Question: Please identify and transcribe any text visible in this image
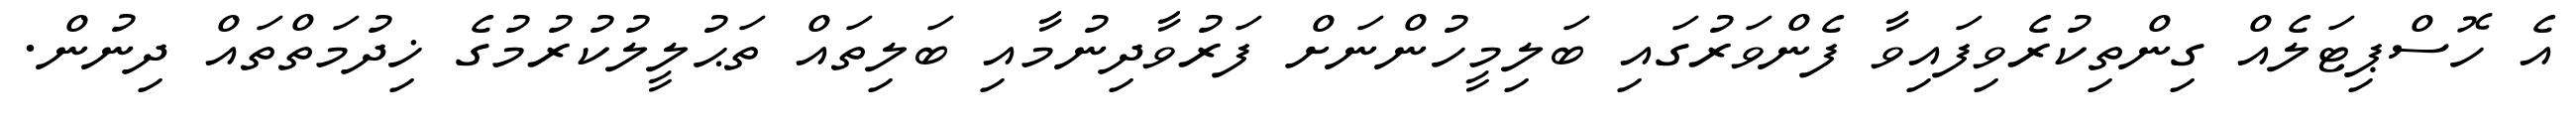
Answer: އެ ހޮސްޕިޓަލެއް ގިންތިކުރެވިފައިވާ ފެންވަރުގައި ބަލިމީހުންނަށް ފަރުވާދިނުމާއި ބަލިތައް ތަޙުލީލުކުރުމުގެ ޚިދުމަތްތައް ދިނުން.